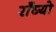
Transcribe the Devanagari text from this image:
राँघ्यो